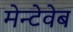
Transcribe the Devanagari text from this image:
मेन्टेवेब